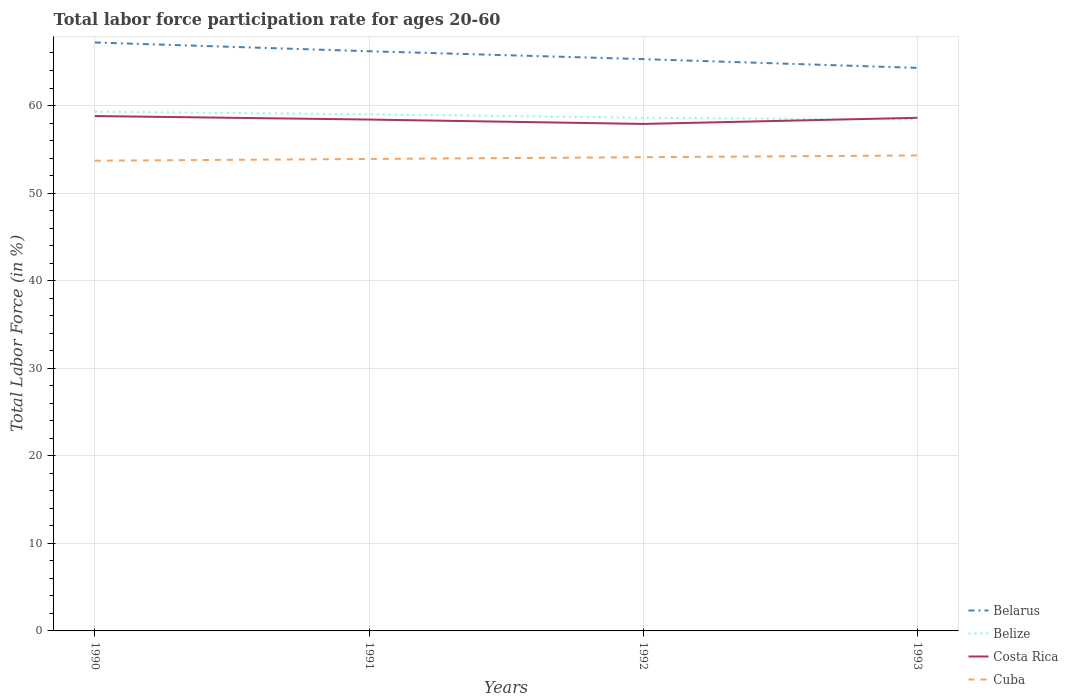
| Years | Belarus | Belize | Costa Rica | Cuba |
 | --- | --- | --- | --- | --- |
 | 1990 | 67.2 | 59.3 | 58.8 | 53.7 |
 | 1991 | 66.2 | 59 | 58.4 | 53.9 |
 | 1992 | 65.3 | 58.6 | 57.9 | 54.1 |
 | 1993 | 64.3 | 58.4 | 58.6 | 54.3 |